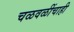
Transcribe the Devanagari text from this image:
चळवळींचाही